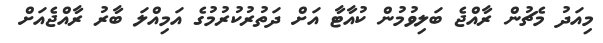
މިއަދު މެޗުން ރާއްޖެ ބަލިވުމުން ކުއާޓާ އަށް ދަތުރުކުރުމުގެ އަމިއްލަ ބާރު ރާއްޖެއަށް